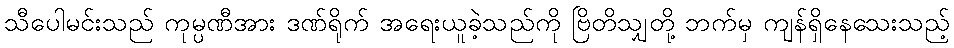
သီပေါမင်းသည် ကုမ္ပဏီအား ဒဏ်ရိုက် အရေးယူခဲ့သည်ကို ဗြိတိသျှတို့ ဘက်မှ ကျန်ရှိနေသေးသည့်